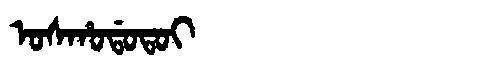
Manchu: ᠣᠰᡥᠣᡩᠣᡨᠣᡳ
Romanization: OSHODOTOI